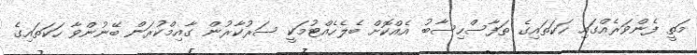
މަތީ ފެންވަރެއްގައި ހަކަތައިގެ ތަފާސްހިސާބު އެއްކޮށް ބެލެހެއްޓުމަކީ ސަރުކާރުން ގާއިމްކުރަން ބޭނުންވާ ހަކަތައިގެ